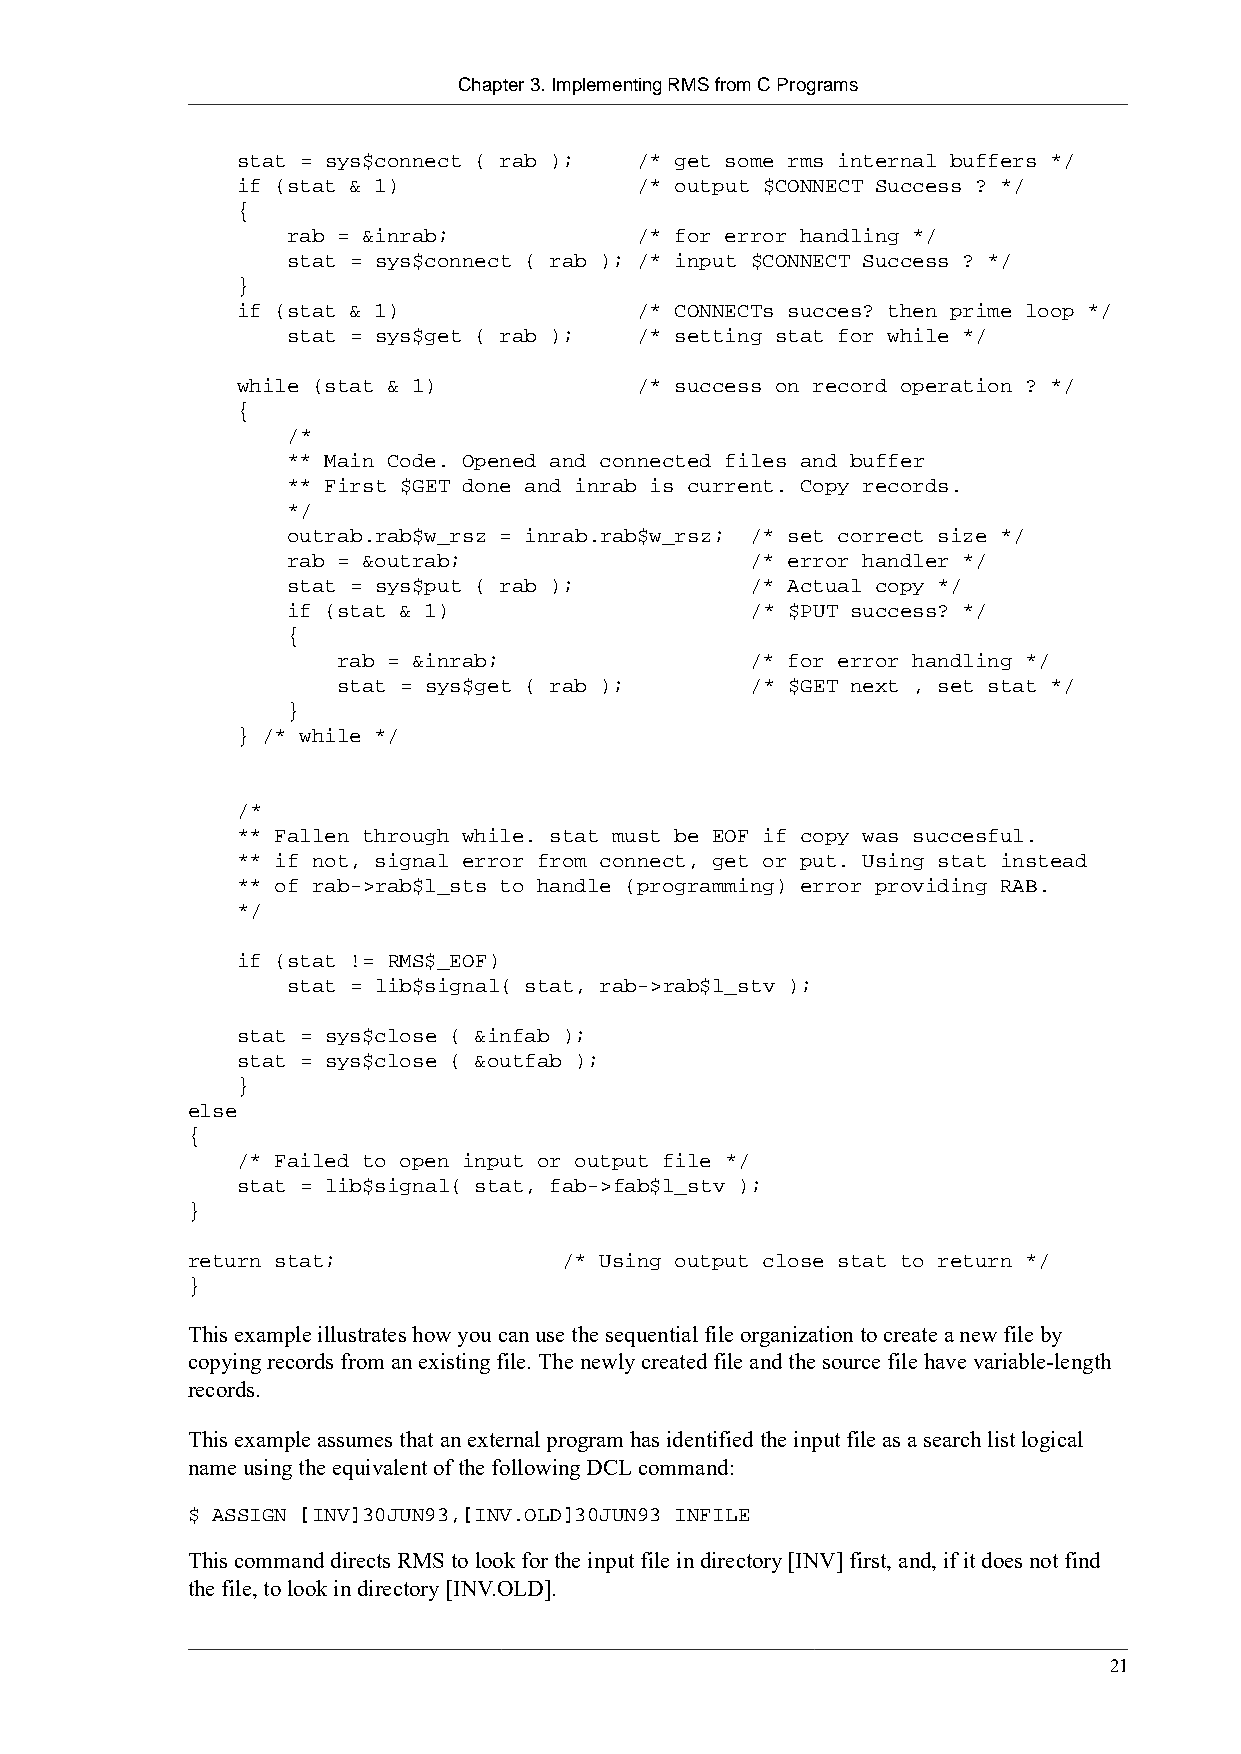
Chapter 3. Implementing RMS from C Programs
 stat = sys$connect ( rab ); /* get some rms internal buffers */
 if (stat & 1)             /* output $CONNECT Success ? */
 {
 rab = &inrab;          /* for error handling */
 stat = sys$connect ( rab ); /* input $CONNECT Success ? */
 }
 if (stat & 1)             /* CONNECTs succes? then prime loop */
 stat = sys$get ( rab ); /* setting stat for while */
 while (stat & 1)          /* success on record operation ? */
 {
 /*
 ** Main Code. Opened and connected files and buffer
 ** First $GET done and inrab is current. Copy records.
 */
 outrab.rab$w_rsz = inrab.rab$w_rsz; /* set correct size */
 rab = &outrab;                 /* error handler */
 stat = sys$put ( rab );        /* Actual copy */
 if (stat & 1)                  /* $PUT success? */
 {
 rab = &inrab;               /* for error handling */
 stat = sys$get ( rab );     /* $GET next , set stat */
 }
 } /* while */
 /*
 ** Fallen through while. stat must be EOF if copy was succesful.
 ** if not, signal error from connect, get or put. Using stat instead
 ** of rab->rab$l_sts to handle (programming) error providing RAB.
 */
 if (stat != RMS$_EOF)
 stat = lib$signal( stat, rab->rab$l_stv );
 stat = sys$close ( &infab );
 stat = sys$close ( &outfab );
 }
 else
 {
 /* Failed to open input or output file */
 stat = lib$signal( stat, fab->fab$l_stv );
 }
 return stat;             /* Using output close stat to return */
 }
 This example illustrates how you can use the sequential file organization to create a new file by
 copying records from an existing file. The newly created file and the source file have variable-length
 records.
 This example assumes that an external program has identified the input file as a search list logical
 name using the equivalent of the following DCL command:
 $ ASSIGN [INV]30JUN93,[INV.OLD]30JUN93 INFILE
 This command directs RMS to look for the input file in directory [INV] first, and, if it does not find
 the file, to look in directory [INV.OLD].
 21